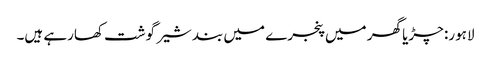
لاہور: چڑیا گھر میں پنجرے میں بند شیر گوشت کھارہے ہیں۔